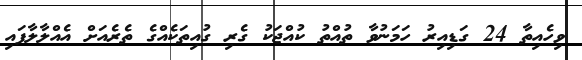
ވިހެއިތާ 24 ގަޑިއިރު ހަމަނުވާ ތުއްތު ކުއްޖަކު ގެރި ގުއިތަކެއްގެ ތެރެއަށް އެއްލާލާފައި